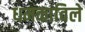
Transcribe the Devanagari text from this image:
धमकाविले